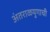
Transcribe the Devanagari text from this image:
अंतराळयुगाची